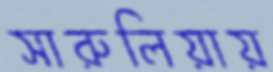
সারুলিয়ায়